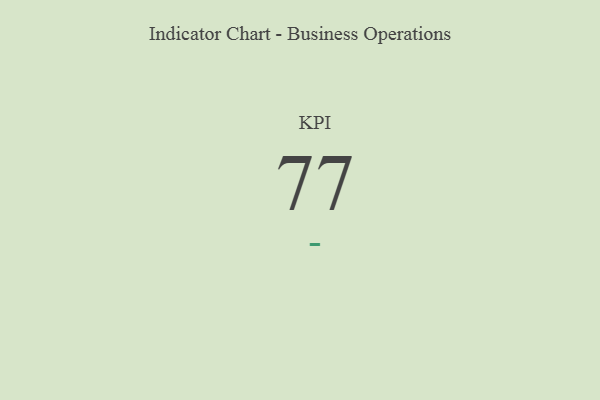
{"axis": {"x": "KPI", "y": "Value"}, "legend": [""], "data": [{"x": "KPI", "y": 77, "type": ""}]}